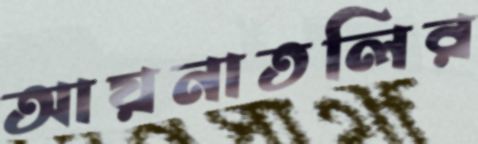
আয়নাতলির